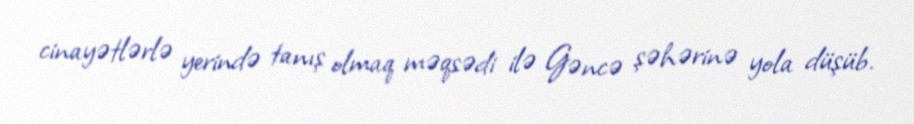
cinayətlərlə yerində tanış olmaq məqsədi ilə Gəncə şəhərinə yola düşüb.